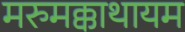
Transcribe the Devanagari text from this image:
मरुमक्काथायम